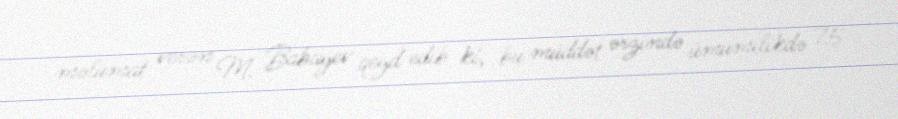
məlumat verən M. Babayev qeyd edib ki, bu müddət ərzində ümumilikdə 75